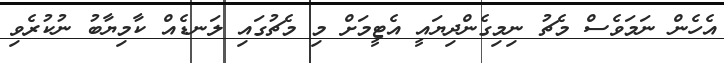
އެހެން ނަމަވެސް މެޗު ނިމިގެންދިޔައީ އެޓީމަށް މި މެޗުގައި ލަނޑެއް ކާމިޔާބު ނުކުރެވި